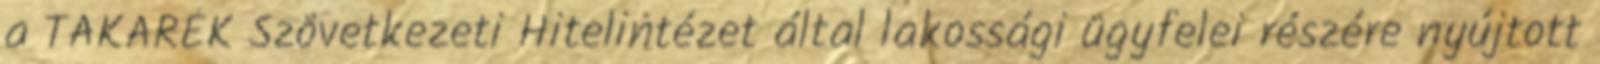
a TAKARÉK Szövetkezeti Hitelintézet által lakossági ügyfelei részére nyújtott